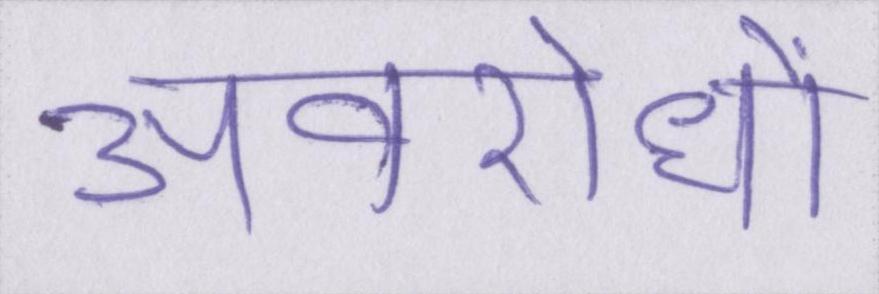
अवरोधों